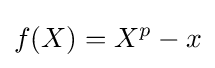
f(X)=X^{p}-x